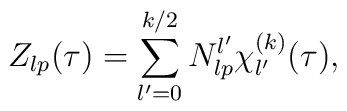
Z_{lp} (\tau) = \sum_{l' = 0}^{k/2} N_{lp}^{l'} \chi_{l'}^{(k)} (\tau),